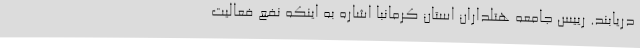
دریابند. رییس جامعه هتلداران استان کرمانبا اشاره به اینکه نفع فعالیت